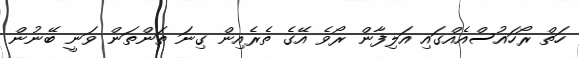
ހަތް ރޯހައުސްއެއްގައި އަލިފާން ރޯވެ އޭގެ ތެރެއިން ގިނަ ތަންތަން ވަނީ ބޭނުން